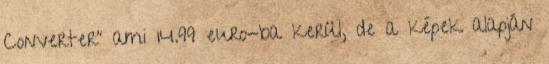
Converter” ami 14.99 euro-ba kerül, de a képek alapján